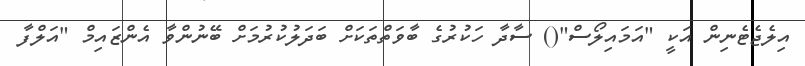
އިލެޖެޓެނިން އަކީ "އަމައިލޯސް"() ސާދާ ހަކުރުގެ ބާވަތްތަކަށް ބަދަލުކުރުމަށް ބޭނުންވާ އެންޒައިމް "އަލްފާ